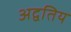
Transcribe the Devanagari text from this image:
अद्वतिय